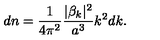
d n = \frac { 1 } { 4 \pi ^ { 2 } } \frac { | \beta _ { k } | ^ { 2 } } { a ^ { 3 } } k ^ { 2 } d k .